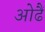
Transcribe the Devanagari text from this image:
ओढैं